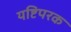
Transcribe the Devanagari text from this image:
यष्टिपरक